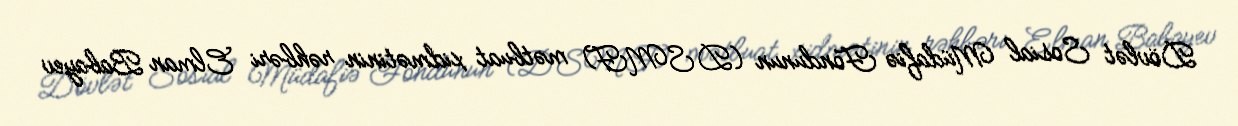
Dövlət Sosial Müdafiə Fondunun (DSMF) mətbuat xidmətinin rəhbəri Elman Babayev